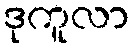
ဒုကူလာ